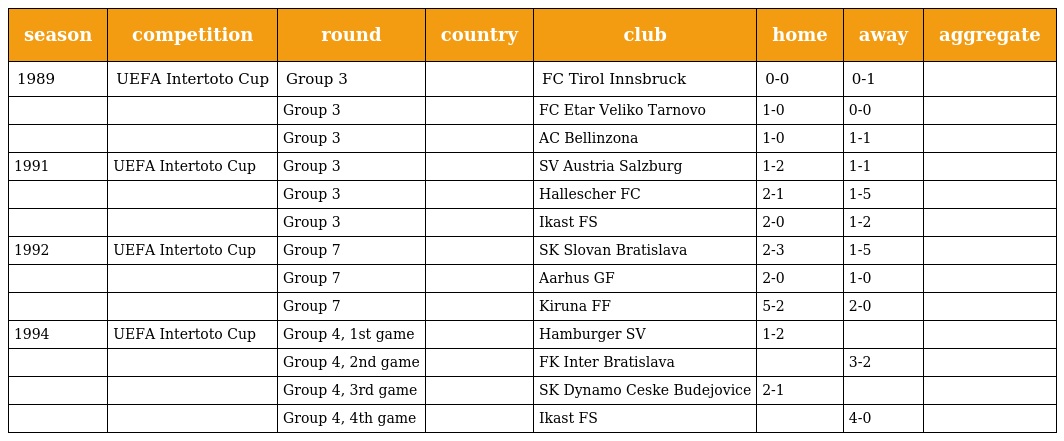
| season | competition | round | country | club | home | away | aggregate |
 | --- | --- | --- | --- | --- | --- | --- | --- |
 | 1989 | UEFA Intertoto Cup | Group 3 |  | FC Tirol Innsbruck | 0-0 | 0-1 |  |
 |  |  | Group 3 |  | FC Etar Veliko Tarnovo | 1-0 | 0-0 |  |
 |  |  | Group 3 |  | AC Bellinzona | 1-0 | 1-1 |  |
 | 1991 | UEFA Intertoto Cup | Group 3 |  | SV Austria Salzburg | 1-2 | 1-1 |  |
 |  |  | Group 3 |  | Hallescher FC | 2-1 | 1-5 |  |
 |  |  | Group 3 |  | Ikast FS | 2-0 | 1-2 |  |
 | 1992 | UEFA Intertoto Cup | Group 7 |  | SK Slovan Bratislava | 2-3 | 1-5 |  |
 |  |  | Group 7 |  | Aarhus GF | 2-0 | 1-0 |  |
 |  |  | Group 7 |  | Kiruna FF | 5-2 | 2-0 |  |
 | 1994 | UEFA Intertoto Cup | Group 4, 1st game |  | Hamburger SV | 1-2 |  |  |
 |  |  | Group 4, 2nd game |  | FK Inter Bratislava |  | 3-2 |  |
 |  |  | Group 4, 3rd game |  | SK Dynamo Ceske Budejovice | 2-1 |  |  |
 |  |  | Group 4, 4th game |  | Ikast FS |  | 4-0 |  |